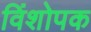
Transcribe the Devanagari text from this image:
विंशोपक